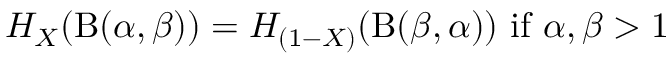
H _ { X } ( \mathrm { B } ( \alpha , \beta ) ) = H _ { ( 1 - X ) } ( \mathrm { B } ( \beta , \alpha ) ) { \mathrm { ~ i f ~ } } \alpha , \beta > 1